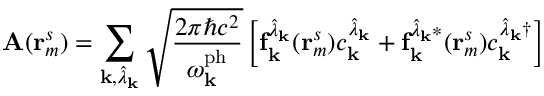
\mathbf { A } ( \mathbf { r } _ { m } ^ { s } ) = \sum _ { \mathbf { k } , \hat { \lambda } _ { \mathbf { k } } } \sqrt { \frac { 2 \pi \hbar c ^ { 2 } } { \omega _ { \mathbf { k } } ^ { \mathrm { p h } } } } \left[ \mathbf { f } _ { \mathbf { k } } ^ { \hat { \lambda } _ { \mathbf { k } } } ( \mathbf { r } _ { m } ^ { s } ) c _ { \mathbf { k } } ^ { \hat { \lambda } _ { \mathbf { k } } } + { \mathbf { f } _ { \mathbf { k } } ^ { \hat { \lambda } _ { \mathbf { k } } * } } ( \mathbf { r } _ { m } ^ { s } ) { c _ { \mathbf { k } } ^ { \hat { \lambda } _ { \mathbf { k } } \dagger } } \right]